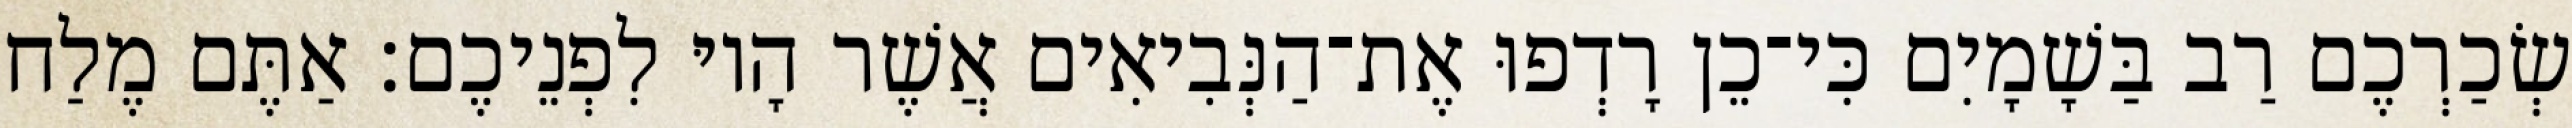
שְׂכַרְכֶם רַב בַּשָׁמָיִם כִּי־כֵן רָדְפוּ אֶת־הַנְּבִיאִים אֲשֶׁר הָיוּ לִפְנֵיכֶם׃ אַתֶּם מֶלַח